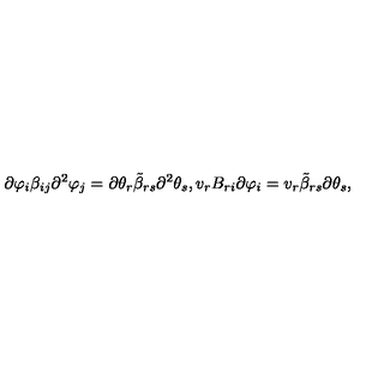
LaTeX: \partial \varphi _ { i } \beta _ { i j } \partial ^ { 2 } \varphi _ { j } = \partial \theta _ { r } { \tilde { \beta } } _ { r s } \partial ^ { 2 } \theta _ { s } , v _ { r } B _ { r i } \partial \varphi _ { i } = v _ { r } { \tilde { \beta } } _ { r s } \partial \theta _ { s } ,